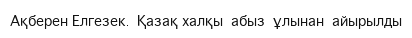
Ақберен Елгезек.  Қазақ халқы  абыз  ұлынан  айырылды